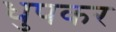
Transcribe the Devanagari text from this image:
धुपकर